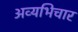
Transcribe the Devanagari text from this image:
अव्यभिचार